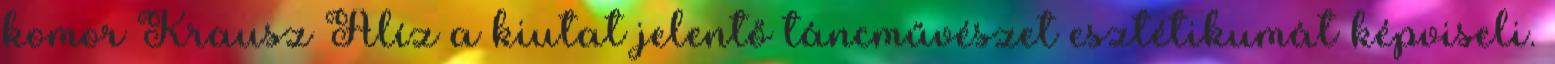
komor Krausz Alíz a kiutat jelentő táncművészet esztétikumát képviseli.